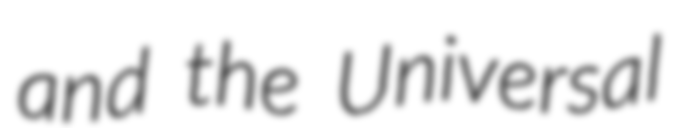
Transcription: and the Universal